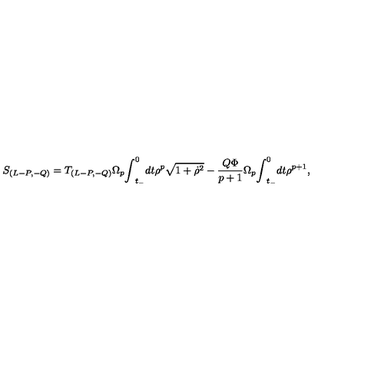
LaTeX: S _ { ( L - P , - Q ) } = T _ { ( L - P , - Q ) } { \Omega } _ { p } { \int } _ { t _ { - } } ^ { 0 } d t { \rho } ^ { p } \sqrt { 1 + { \dot { \rho } } ^ { 2 } } - \frac { Q { \Phi } } { p + 1 } { \Omega } _ { p } { \int } _ { t _ { - } } ^ { 0 } d t { \rho } ^ { p + 1 } ,